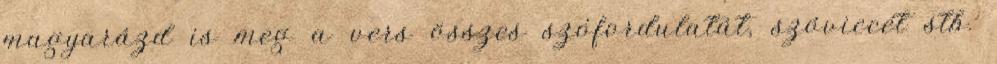
magyarázd is meg a vers összes szófordulatát, szóviccét stb.